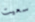
سعيت